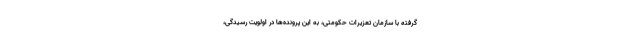
گرفته با سازمان تعزیرات حکومتی، به این پرونده‌ها در اولویت رسیدگی،